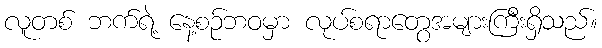
လူတစ် ဘက်ရဲ့ နေ့စဉ်ဘဝမှာ လုပ်စရာတွေအများကြီးရှိသည်။